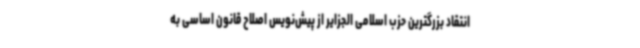
انتقاد بزرگترین حزب اسلامی الجزایر از پیش‌نویس اصلاح قانون اساسی به